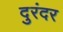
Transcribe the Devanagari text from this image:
दुरंदर